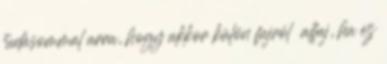
tudásommal arra, hogy akkor külön fajról alfaj, ha ez